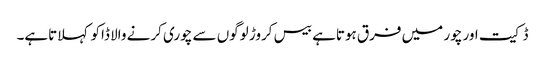
ڈکیت اور چور میں فرق ہوتاہے بیس کروڑ لوگوں سے چوری کرنے والا ڈاکو کہلاتاہے۔